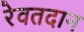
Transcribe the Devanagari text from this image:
रेवतदान